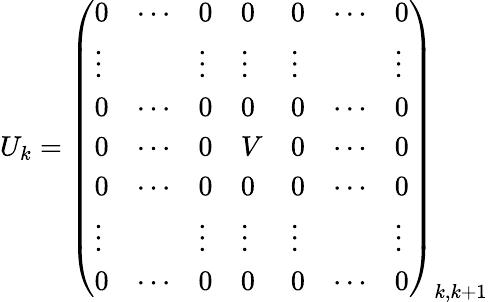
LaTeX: U_{k}=\left(\begin{array}{lllllll}{{0}}&{{\cdots}}&{{0}}&{{0}}&{{0}}&{{\cdots}}&{{0}}\\ {{\vdots}}&{{}}&{{\vdots}}&{{\vdots}}&{{\vdots}}&{{}}&{{\vdots}}\\ {{0}}&{{\cdots}}&{{0}}&{{0}}&{{0}}&{{\cdots}}&{{0}}\\ {{0}}&{{\cdots}}&{{0}}&{{V}}&{{0}}&{{\cdots}}&{{0}}\\ {{0}}&{{\cdots}}&{{0}}&{{0}}&{{0}}&{{\cdots}}&{{0}}\\ {{\vdots}}&{{}}&{{\vdots}}&{{\vdots}}&{{\vdots}}&{{}}&{{\vdots}}\\ {{0}}&{{\cdots}}&{{0}}&{{0}}&{{0}}&{{\cdots}}&{{0}}\end{array}\right)_{k,k+1}